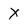
Character: X